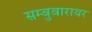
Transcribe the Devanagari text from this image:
सम्बुवारायर